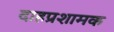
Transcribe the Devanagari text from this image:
दाहप्रशामक